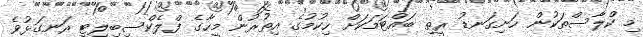
މި ކްލާސްތަކުން ހަށިގަނޑު ރީތި ބައްޓަމަކަށް ހިކުމުގެ އިތުރުން މީހާގެ ފްލެކްސިބިލިޓީ ރަނގަޅުވެ